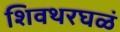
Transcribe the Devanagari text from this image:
शिवथरघळं